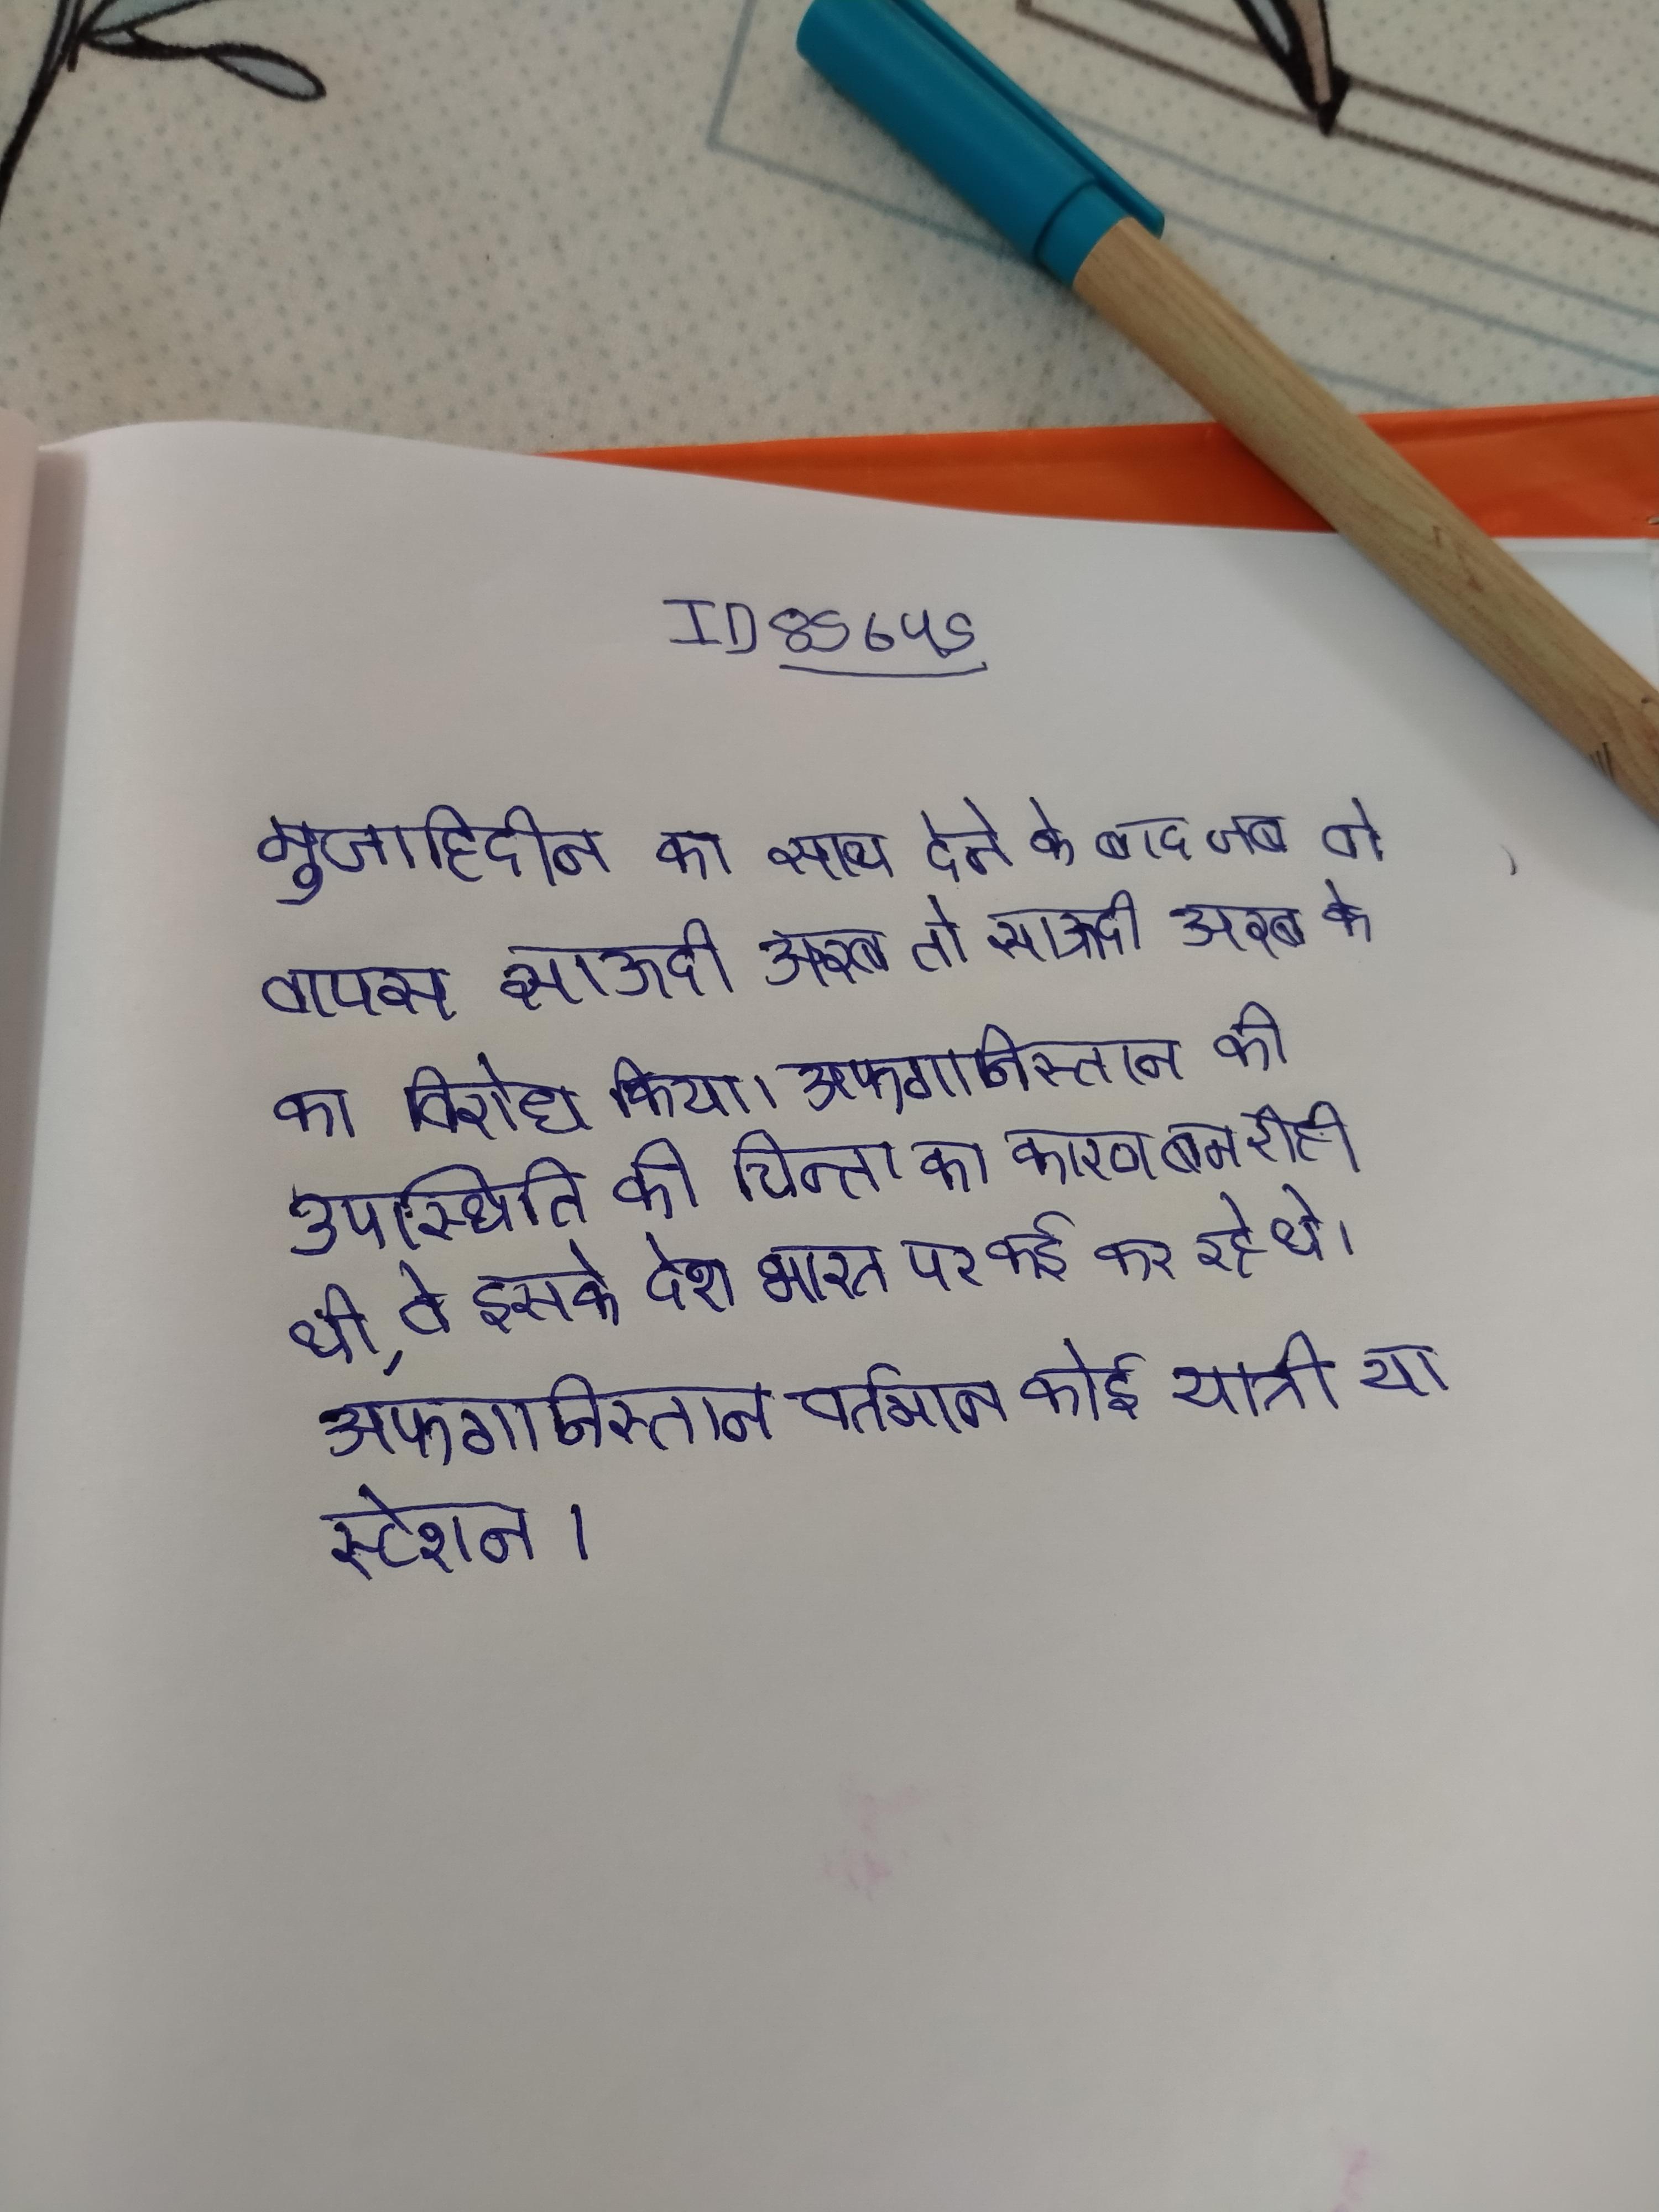
मुजाहिदीन का साथ देने के बाद जब वो वापस साऊदी अरब तो साऊदी अरब के का विरोध किया । अफगानिस्तान की उपस्थिति की चिन्ता का कारण बन रही थी, वे इसके देश भारत पर कई कर रहे थे । अफगानिस्तान वर्तमान कोई यात्री या स्टेशन ।